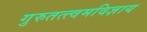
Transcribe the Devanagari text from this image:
गुरुतत्त्वमविज्ञाय